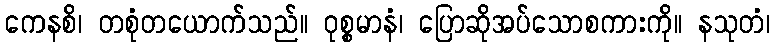
ကေနစိ၊ တစုံတယောက်သည်။ ဝုစ္စမာနံ၊ ပြောဆိုအပ်သောစကားကို။ နသုတံ၊